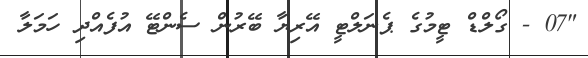
"07 - ގޯލްޑް ޓީމުގެ ޕެނަލްޓީ އޭރިޔާ ބޭރުން ސެންޓޭ އުފެއްދި ހަމަލާ